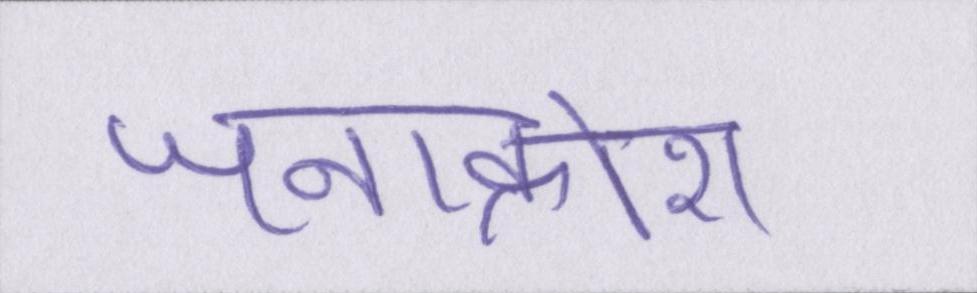
जनाक्रोश